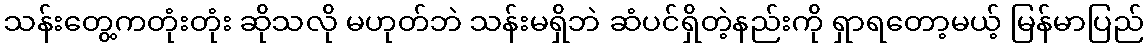
သန်းတွေ့ကတုံးတုံး ဆိုသလို မဟုတ်ဘဲ သန်းမရှိဘဲ ဆံပင်ရှိတဲ့နည်းကို ရှာရတော့မယ့် မြန်မာပြည်